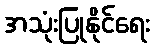
အသုံးပြုနိုင်ရေး